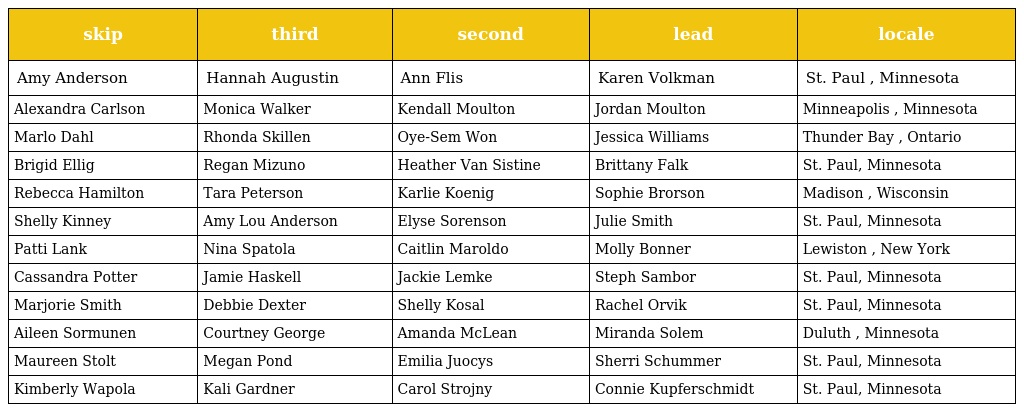
| skip | third | second | lead | locale |
 | --- | --- | --- | --- | --- |
 | Amy Anderson | Hannah Augustin | Ann Flis | Karen Volkman | St. Paul , Minnesota |
 | Alexandra Carlson | Monica Walker | Kendall Moulton | Jordan Moulton | Minneapolis , Minnesota |
 | Marlo Dahl | Rhonda Skillen | Oye-Sem Won | Jessica Williams | Thunder Bay , Ontario |
 | Brigid Ellig | Regan Mizuno | Heather Van Sistine | Brittany Falk | St. Paul, Minnesota |
 | Rebecca Hamilton | Tara Peterson | Karlie Koenig | Sophie Brorson | Madison , Wisconsin |
 | Shelly Kinney | Amy Lou Anderson | Elyse Sorenson | Julie Smith | St. Paul, Minnesota |
 | Patti Lank | Nina Spatola | Caitlin Maroldo | Molly Bonner | Lewiston , New York |
 | Cassandra Potter | Jamie Haskell | Jackie Lemke | Steph Sambor | St. Paul, Minnesota |
 | Marjorie Smith | Debbie Dexter | Shelly Kosal | Rachel Orvik | St. Paul, Minnesota |
 | Aileen Sormunen | Courtney George | Amanda McLean | Miranda Solem | Duluth , Minnesota |
 | Maureen Stolt | Megan Pond | Emilia Juocys | Sherri Schummer | St. Paul, Minnesota |
 | Kimberly Wapola | Kali Gardner | Carol Strojny | Connie Kupferschmidt | St. Paul, Minnesota |